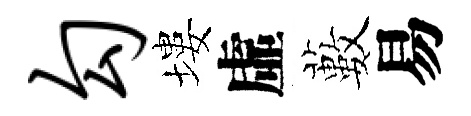
勾塿虛藪易